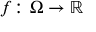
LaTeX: f \colon \Omega \to { \mathbb { R } }